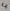
Text: 4